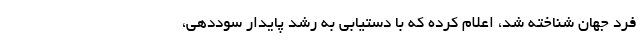
فرد جهان شناخته شد، اعلام کرده که با دستیابی به رشد پایدار سوددهی،